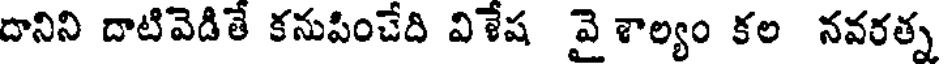
దానిని దాటివెడితే కనుపించేది విళేష వై శాల్యం కల నవరత్న